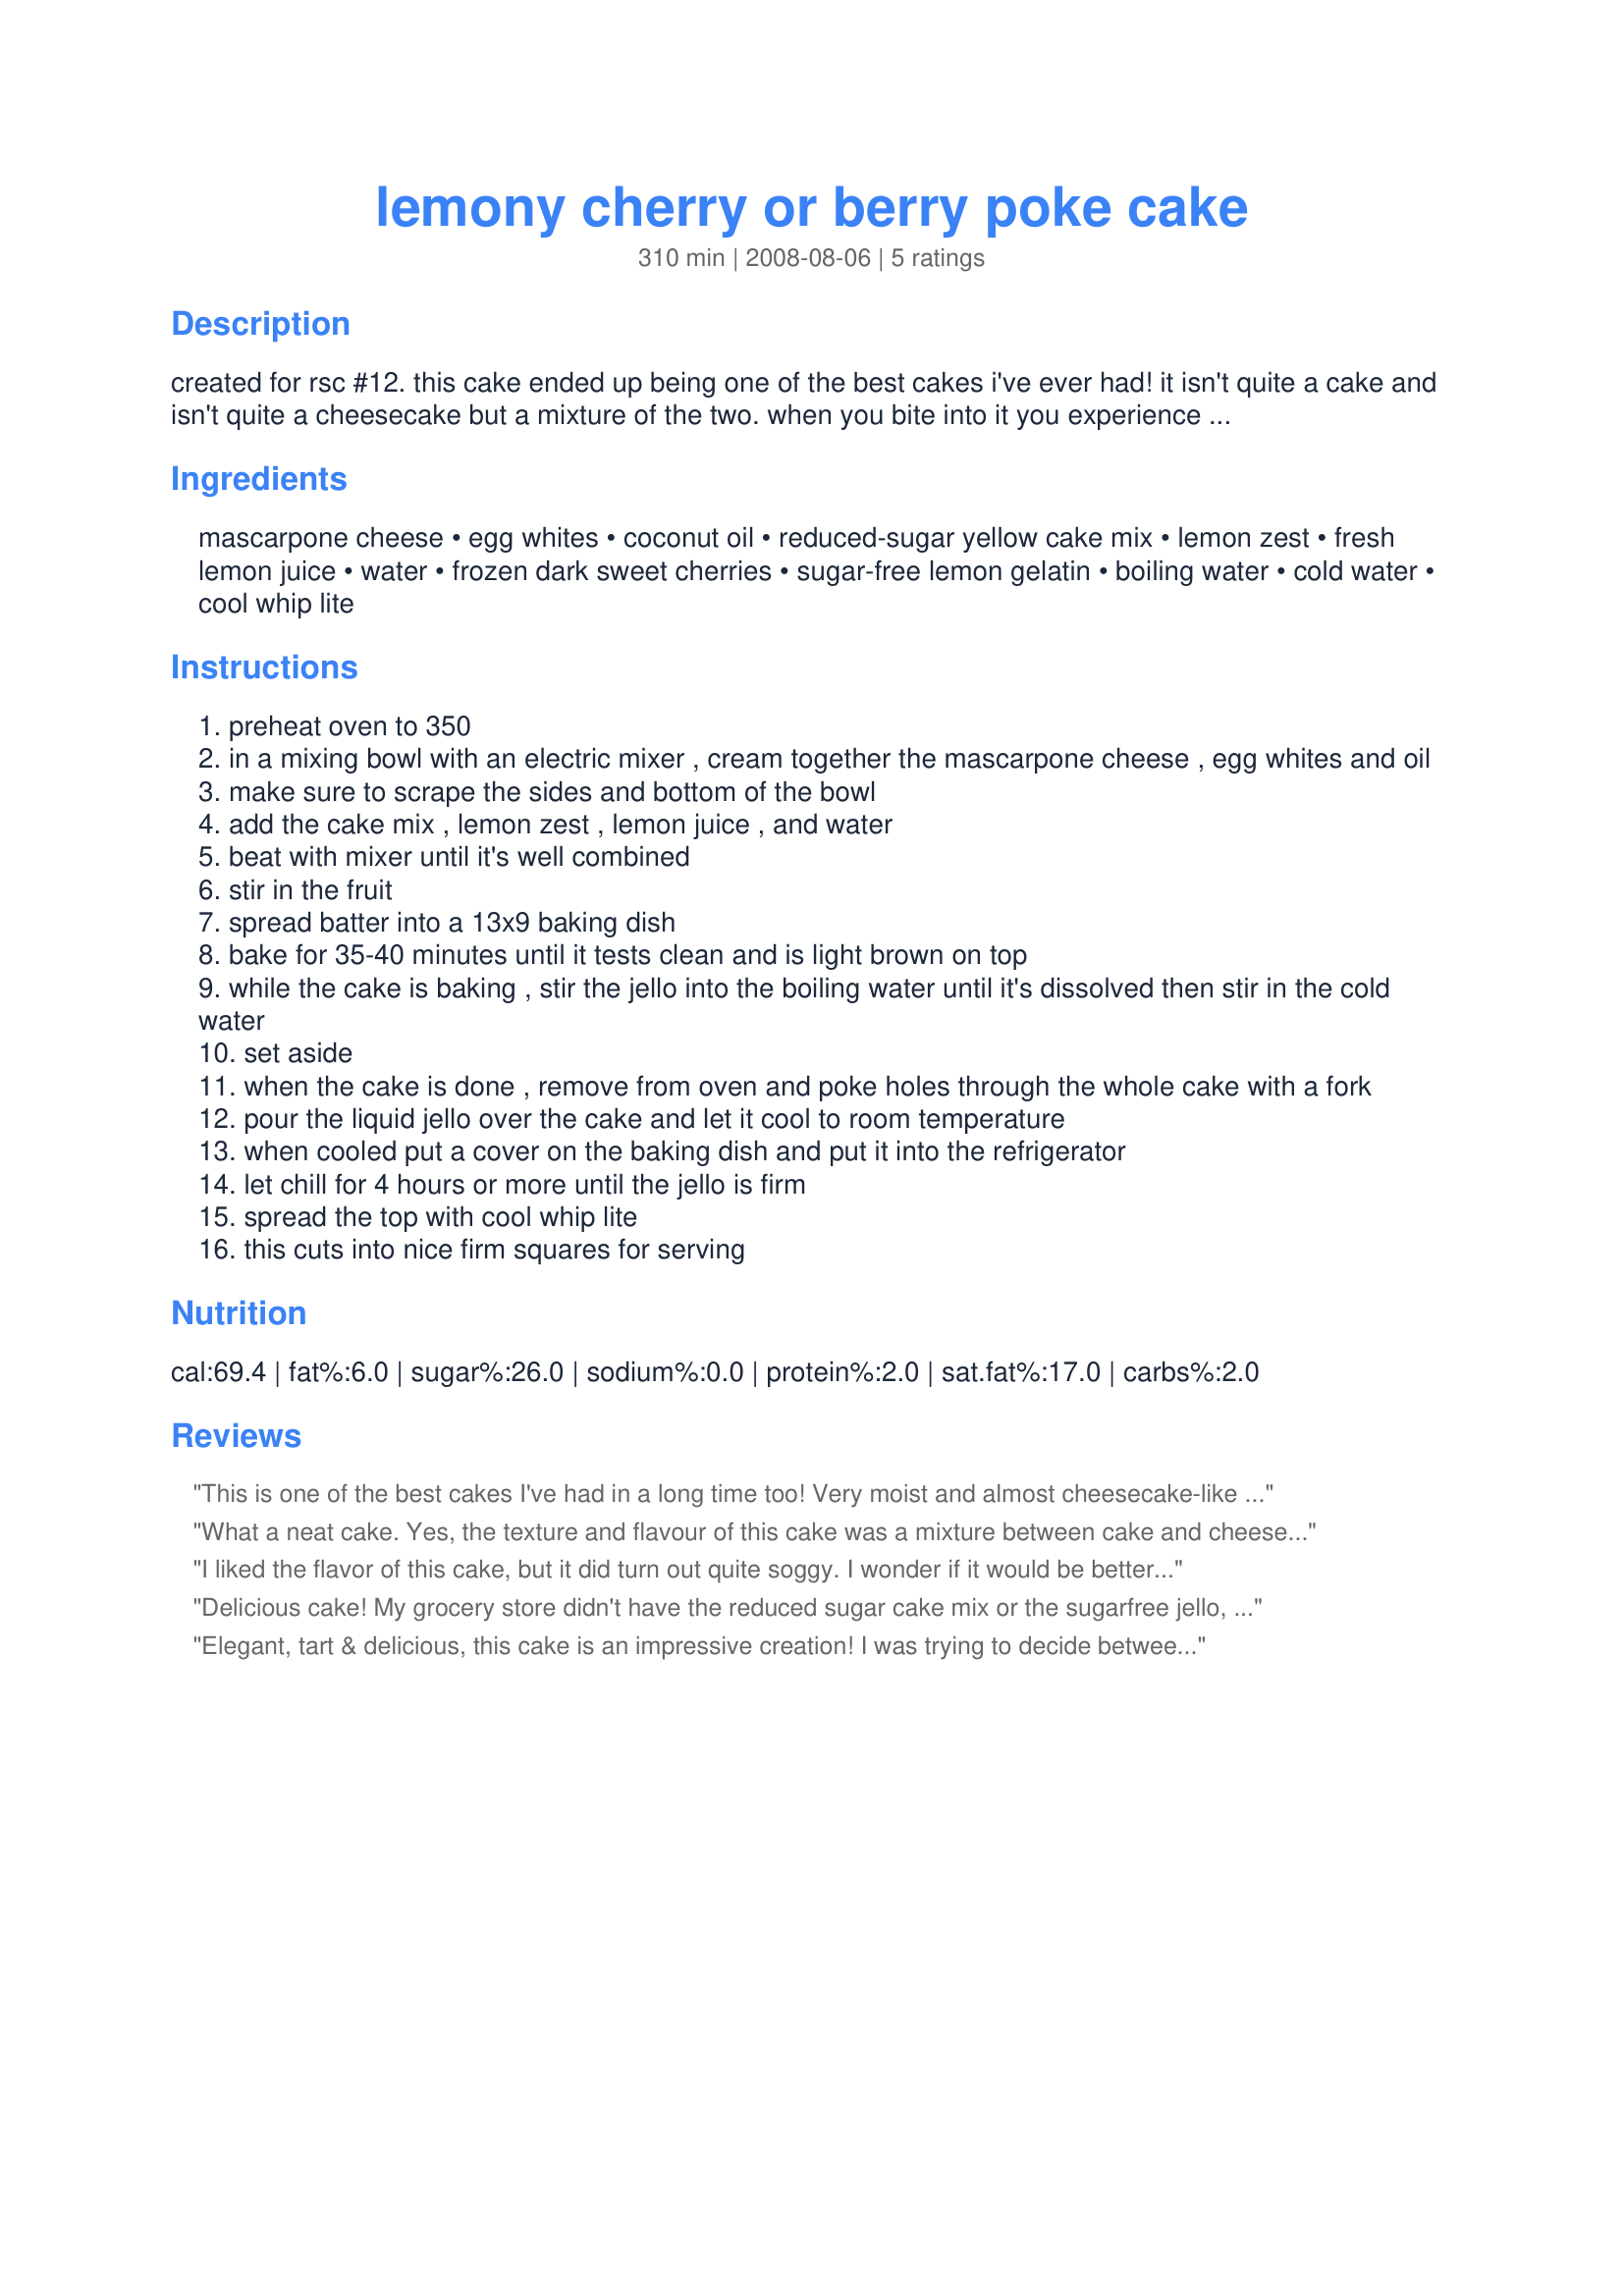
lemony cherry or berry poke cake
Preparation time: 310 minutes

created for rsc #12. this cake ended up being one of the best cakes i've ever had! it isn't quite a cake and isn't quite a cheesecake but a mixture of the two. when you bite into it you experience a velvety firm texture, lemony cheesecake flavor and fruit that pops in your mouth. if you enjoy fruity lemony desserts you'll love this! i used cherries in this but if you prefer blueberries they should be great in it also. when the contest is over i can imagine using any fruit. *i've tried since making a strawberry version and it was too wet. i've also tried regular cake mix and cream cheese and it was wet also so i guess subbing ingredients changes the texture.

Ingredients:
mascarpone cheese, egg whites, coconut oil, reduced-sugar yellow cake mix, lemon zest, fresh lemon juice, water, frozen dark sweet cherries, sugar-free lemon gelatin, boiling water, cold water, cool whip lite

Steps:
preheat oven to 350
in a mixing bowl with an electric mixer , cream together the mascarpone cheese , egg whites and oil
make sure to scrape the sides and bottom of the bowl
add the cake mix , lemon zest , lemon juice , and water
beat with mixer until it's well combined
stir in the fruit
spread batter into a 13x9 baking dish
bake for 35-40 minutes until it tests clean and is light brown on top
while the cake is baking , stir the jello into the boiling water until it's dissolved then stir in the cold water
set aside
when the cake is done , remove from oven and poke holes through the whole cake with a fork
pour the liquid jello over the cake and let it cool to room temperature
when cooled put a cover on the baking dish and put it into the refrigerator
let chill for 4 hours or more until the jello is firm
spread the top with cool whip lite
this cuts into nice firm squares for serving

Reviews:
This is one of the best cakes I've had in a long time too! Very moist and almost cheesecake-like in texture. The lemony flavor came through wonderfully and I loved the large cherry chunks as well. This reminded me of a grown up version of a jello cake my mom used to make for birthdays, delicious! A winner in my book, great entry :)
What a neat cake. Yes, the texture and flavour of this cake was a mixture between cake and cheesecake. Very unique, but also very tasty. I used blueberries. Used this as my oma's birthday cake. I will definietly make this again!
I liked the flavor of this cake, but it did turn out quite soggy. I wonder if it would be better to allow the cake and the jello to cool a bit more before pouring the jello over the cake. Also, this cake does not keep very long. I'd recommend using it all the day you make it or the day after. The texture just didn't seem to hold up. I used blueberries and love the lemon blueberry combination. Made for PRMR. Thanks for posting.
Delicious cake! My grocery store didn't have the reduced sugar cake mix or the sugarfree jello, so I just used the regular cake mix and jello. I did have to cook it about 15 minutes longer than the recipe states because it still looked uncooked in the center after 40 minutes.
Elegant, tart & delicious, this cake is an impressive creation! I was trying to decide between cherries and blueberries, then went on a whim with sliced strawberries. They go very well in the cake and also make an attractive garnish. Each serving holds together well but is so moist that one of my taste testers commented the texture seems doughy. I do think, however, this is a dessert that will only grow on us. Great job!
